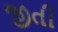
જીતી